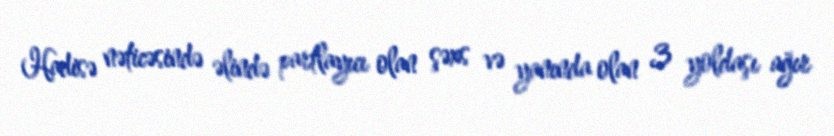
Hadisə nəticəsində əlində partlayıcı olan şəxs və yanında olan 3 yoldaşı ağır